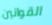
القوانين